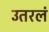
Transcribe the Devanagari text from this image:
उतरलं